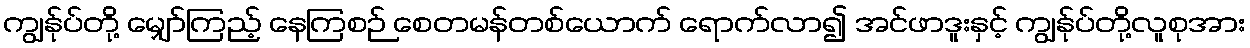
ကျွန်ုပ်တို့ မျှော်ကြည့် နေကြစဉ် စေတမန်တစ်ယောက် ရောက်လာ၍ အင်ဖာဒူးနှင့် ကျွန်ုပ်တို့လူစုအား